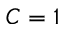
C = 1